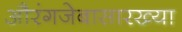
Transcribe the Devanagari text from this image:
औरंगजेबासारख्या